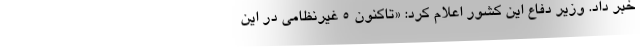
خبر داد. وزیر دفاع این کشور اعلام کرد: «تاکنون ۵ غیرنظامی در این